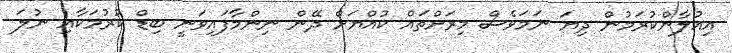
އިއުލާންކުރަމުން ދިޔަ ނަމަވެސް މިރަށްތައް ކުއްޔަށް ދޭން ނިންމާފައިވަނީ ބިޑް ކުރުމަކާއި ނުލަ